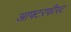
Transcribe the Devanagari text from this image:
आफ्टरफीस्ट